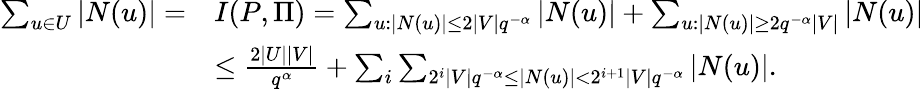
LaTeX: \begin{array}{rl}{\sum_{u\in U}|N(u)|=}&{I(P,\Pi)=\sum_{u\colon|N(u)|\le 2|V|q^{-\alpha}}|N(u)|+\sum_{u\colon|N(u)|\ge 2q^{-\alpha}|V|}|N(u)|}\\ &{\le\frac{2|U||V|}{q^{\alpha}}+\sum_{i}\sum_{2^{i}|V|q^{-\alpha}\le|N(u)|<2^{i+1}|V|q^{-\alpha}}|N(u)|.}\end{array}